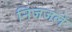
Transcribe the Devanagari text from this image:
निजजले